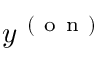
y ^ { \mathrm { ~ ( ~ o ~ n ~ ) ~ } }